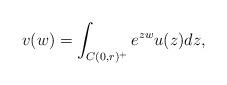
LaTeX: \begin{align*}v(w) = \int_{C(0,r)^+} e^{zw} u(z)dz,\end{align*}